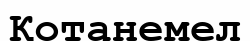
Қотанемел